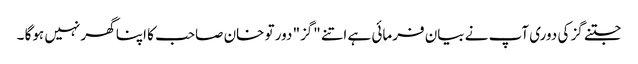
جتنے گز کی دوری آپ نے بیان فرمائی ہے اتنے "گز" دور تو خان صاحب کا اپنا گھر نہیں ہوگا ۔